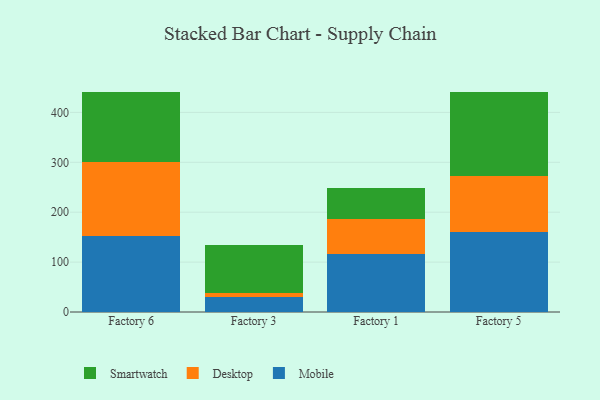
{"axis": {"x": "Factory", "y": "Latency (ms)"}, "legend": ["Desktop", "Mobile", "Smartwatch"], "data": [{"x": "Factory 6", "y": 152.7, "type": "Mobile"}, {"x": "Factory 6", "y": 148.0, "type": "Desktop"}, {"x": "Factory 6", "y": 139.7, "type": "Smartwatch"}, {"x": "Factory 3", "y": 29.1, "type": "Mobile"}, {"x": "Factory 3", "y": 8.6, "type": "Desktop"}, {"x": "Factory 3", "y": 96.2, "type": "Smartwatch"}, {"x": "Factory 1", "y": 117.1, "type": "Mobile"}, {"x": "Factory 1", "y": 69.1, "type": "Desktop"}, {"x": "Factory 1", "y": 62.1, "type": "Smartwatch"}, {"x": "Factory 5", "y": 161.2, "type": "Mobile"}, {"x": "Factory 5", "y": 110.9, "type": "Desktop"}, {"x": "Factory 5", "y": 169.6, "type": "Smartwatch"}]}